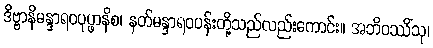
ဒိဗ္ဗာနိမန္ဒာရဝပုပ္ဖာနိစ၊ နတ်မန္ဒာရဝပန်းတို့သည်လည်းကောင်း။ အဘိဝဿိံသု၊